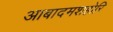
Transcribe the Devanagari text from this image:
आबादमशहोरि